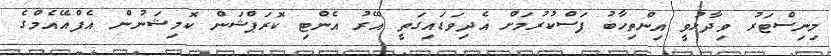
މިނިސްޓަރު ވިދާޅުވީ އިންތިހާބު ފަސްކުރުމަށް އެދިވަޑައިގަތީ އޭރު އެންޓި ކޮރަޕްޝަން ކޮމިޝަނުން އެފްއޭއެމްގެ